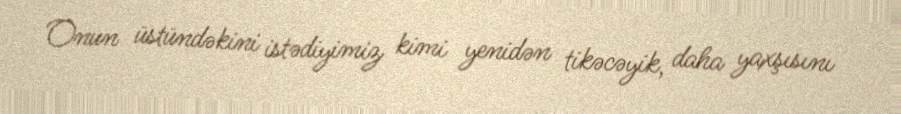
Onun üstündəkini istədiyimiz kimi yenidən tikəcəyik, daha yaxşısını